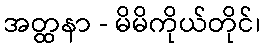
အတ္ထနာ - မိမိကိုယ်တိုင်၊